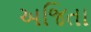
અજિતા